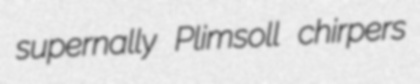
supernally Plimsoll chirpers